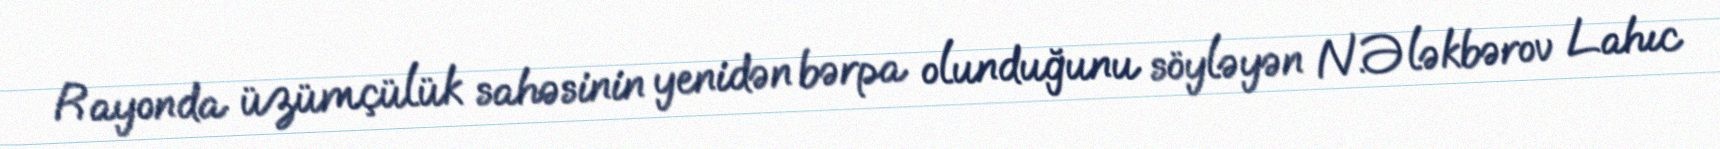
Rayonda üzümçülük sahəsinin yenidən bərpa olunduğunu söyləyən N.Ələkbərov Lahıc